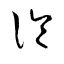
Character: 診